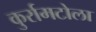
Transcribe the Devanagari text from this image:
कुर्रामटोला